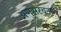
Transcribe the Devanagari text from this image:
अणुसंरचना